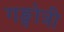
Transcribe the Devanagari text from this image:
गङ्गोत्री